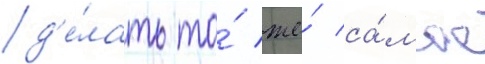
д'е́лать то́ же́ са́мое